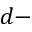
d -